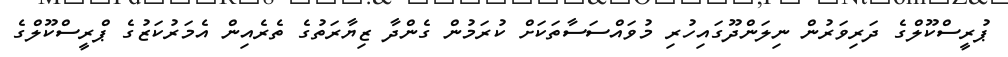
ޕުރީސްކޫލްގެ ދަރިވަރުން ނިލަންދޫގައިހުރި މުވައްސަސާތަކަށް ކުރަމުން ގެންދާ ޒިޔާރަތުގެ ތެރެއިން އެމަރުކަޒުގެ ޕްރީސްކޫލްގެ